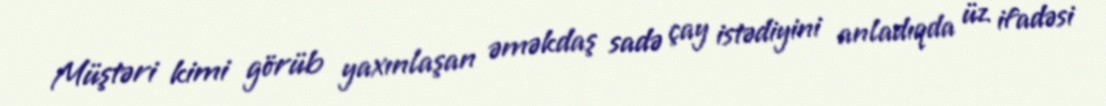
Müştəri kimi görüb yaxınlaşan əməkdaş sadə çay istədiyini anladıqda üz ifadəsi